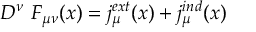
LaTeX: D ^ { \nu } \ F _ { \mu \nu } ( x ) = j _ { \mu } ^ { e x t } ( x ) + j _ { \mu } ^ { i n d } ( x )